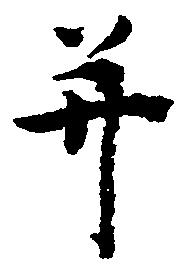
并